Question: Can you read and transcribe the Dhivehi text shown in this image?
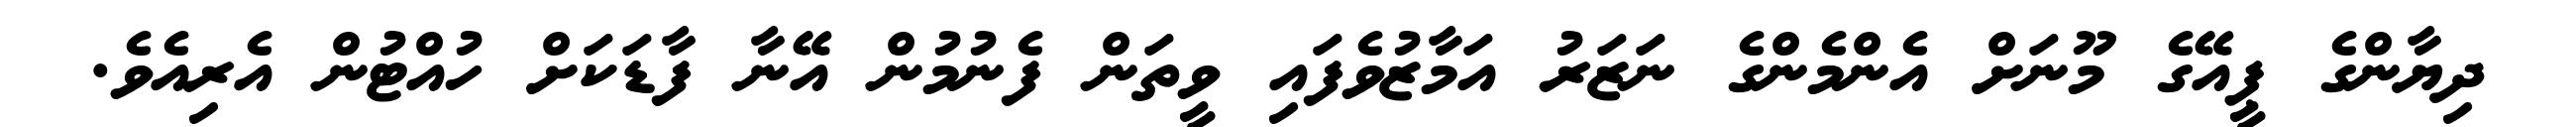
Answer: ދިޔާންގެ ޕީއޭގެ މޫނަށް އެންމެންގެ ނަޒަރު އަމާޒުވެފައި ވީތަން ފެނުމުން އޭނާ ފާޑަކަށް ހުއްޓުން އެރިއެވެ.